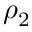
\rho _ { 2 }